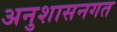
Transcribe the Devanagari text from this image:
अनुशासनगत